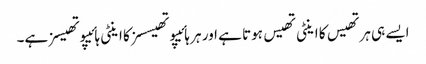
ایسے ہی ہرتھیس کا اینٹی تھیس ہوتا ہے اور ہر ہائیپوتھیسسز کا اینٹی ہائیپوتھیسز ہے۔